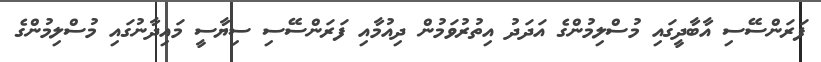
ފަރަންސޭސި އާބާދީގައި މުސްލިމުންގެ އަދަދު އިތުރުވަމުން ދިއުމާއި ފަރަންސޭސި ސިޔާސީ މައިދާނުގައި މުސްލިމުންގެ